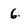
Character: 6